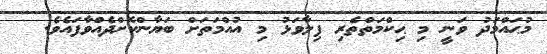
މުޙައްމަދު ވަނީ މި ޙިކްމަތްތެރި ފިލާވަޅު މި އުއްމަތަށް ބަޔާންކޮށްދެއްވާފައެވެ.